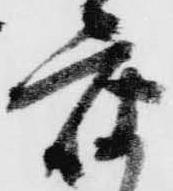
座